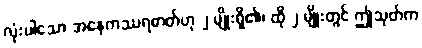
လုံးပါသော အနေကဿရဓာတ်ဟု ၂ မျိုးရှိ၏၊ ထို ၂ မျိုးတွင် ဤသုတ်က